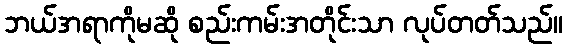
ဘယ်အရာကိုမဆို စည်းကမ်းအတိုင်းသာ လုပ်တတ်သည်။